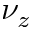
\nu _ { z }